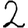
Digit: 2